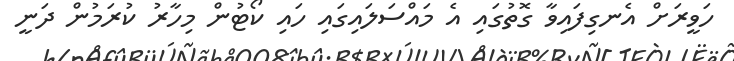
ހަވީރަށް އެނގިފައިވާ ގޮތުގައި އެ މައްސަލައިގައި ހައި ކޯޓުން މިހާރު ކުރަމުން ދަނީ